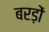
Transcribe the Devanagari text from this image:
बरड़ों